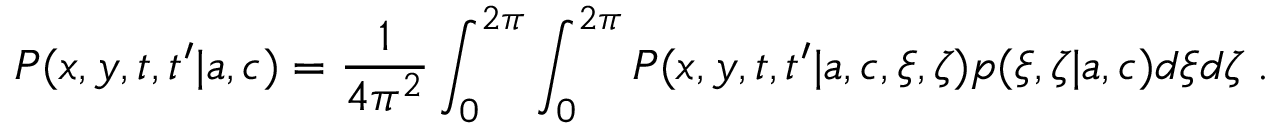
P ( x , y , t , t ^ { \prime } | { a } , { c } ) = \frac { 1 } { 4 \pi ^ { 2 } } \int _ { 0 } ^ { 2 \pi } \int _ { 0 } ^ { 2 \pi } P ( x , y , t , t ^ { \prime } | { a } , { c } , \xi , \zeta ) p ( \xi , \zeta | { a } , { c } ) d \xi d \zeta \; .